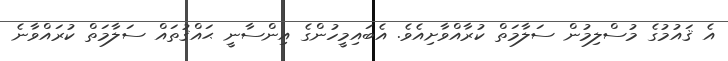
އެ ޤައުމުގެ މުސްލިމުން ސަލާމަތް ކުރާއްވާށިއެވެ. އެބައިމީހުންގެ އިންސާނީ ޙައްޤުތައް ސަލާމަތް ކުރައްވާނެ